Indian journal of veterinary science and animal husbandry - Volumes 15-17, 1948-1951
Year: 1948
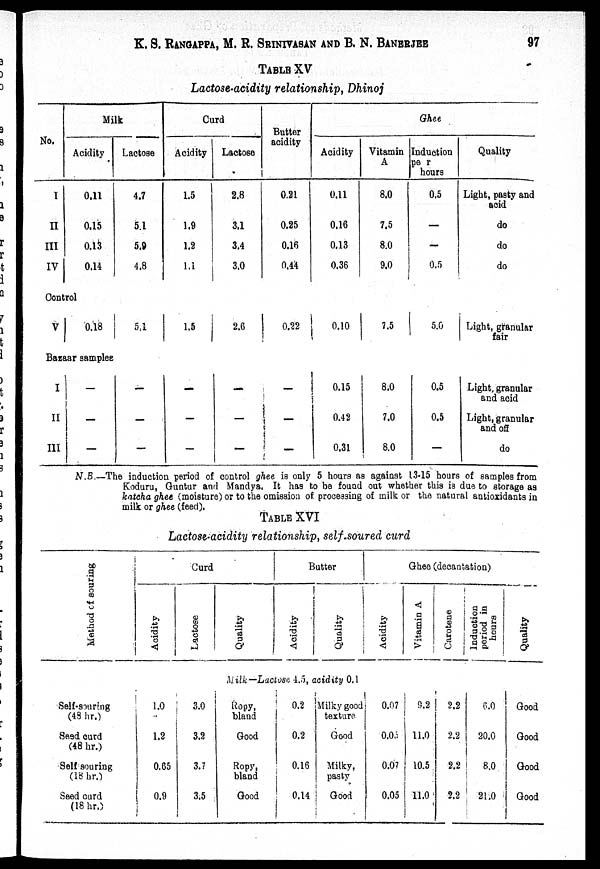
K. S. RANGAPPA, M. R. SRINIVASAN AND B. N. BANERJEE 97
TABLE XV
Lactose-acidity relationship, Dhinoj
No.
I
II
III
IV
Milk
Acidity
0.11
0.15
0.13
0.14
Control
V
0.18
Lactose
4.7
5.1
5.9
4.8
5.1
Curd
Acidity
1.5
1.9
1.2
1.1
1.5
Lactose
2.8
3.1
3.4
3.0
2.6
Butter
acidity
0.21
0.25
0.16
0.44
0.22
Ghee
Acidity
0.11
0.16
0.13
0.36
0.10
Vitamin
A
8.0
7.5
8.0
9.0
7.5
Induction
per
hours
0.5
—
—
0.5
5.0
Quality
Light, pasty and
acid
do
do
do
Light, granular
fair
Bazaar samples
I
II
III
—
—
—
—
—
—
—
—
—
—
—
—
—
0.15
0.42
0.31
8.0
7.0
8.0
0.5
0.5
—
Light, granular
and acid
Light, granular
and off
do
N.B.—The induction period of control ghee is only 5 hours as against 13-15 hours of samples from
Koduru, Guntur and Mandya. It has to be found out whether this is due to storage as
katcha ghee (moisture) or to the omission of. processing of milk or the natural antioxidants in
milk or ghee (feed).
TABLE XVI
Lactose-acidity relationship, self-soured curd
Method of souring
Self-souring
(48 hr.)
Seed curd
(48 hr.)
Self-souring
(18 hr.)
Seed curd
(18 hr.)
Curd
Acidity
Lactose
Quality
Butter
Acidity
Quality
Ghee (decantation)
Acidity
Vitamin A
Carotene
Induction
period in
hours
Milk—Lactose 4.5, acidity 0.1
1.0
1.2
0.65
0.9
3.0
3.2
3.7
3;5
Ropy,
bland
Good
Ropy,
bland
Good
0.2
0.2
0.16
0.14
Milky good
texture.
Good
Milky,
pasty
Good
0.07
0.03
0.07
0.05
9.2
11.0
10.5
11.0
2.2
2.2
2.2
2.2
6.0
20.0
8.0
21.0
Quality
Good
Good
Good
Good